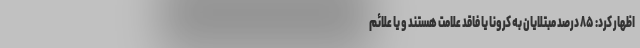
اظهار کرد: ۸۵ درصد مبتلایان به کرونا یا فاقد علامت هستند و یا علائم